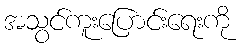
အသွင်ကူးပြောင်းရေးကို